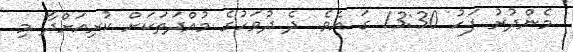
މެންދުރު ފަހު 13:30 ގަ އެވެ. ދެ ދުވަހުގެ މުއްދަތަކަށް ކުރިއަށްދާ މި